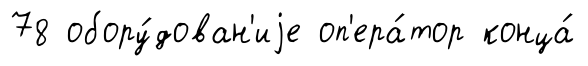
78 обору́дован'иjе оп'ера́тор конца́